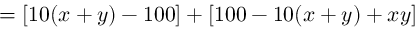
\, = [ 1 0 ( x + y ) - 1 0 0 ] + [ 1 0 0 - 1 0 ( x + y ) + x y ]